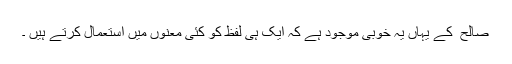
صالح ؔ کے یہاں یہ خوبی موجود ہے کہ ایک ہی لفظ کو کئی معنوں میں استعمال کرتے ہیں ۔